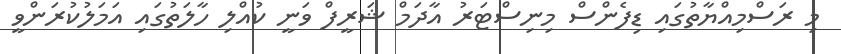
މި ރަސްމިއްޔާތުގައި ޑިފެންސް މިނިސްޓަރު އާދަމް ޝަރީފް ވަނީ ކުއްލި ހާލަތުގައި އަމަލުކުރަންވީ